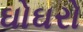
ઘોઘરો